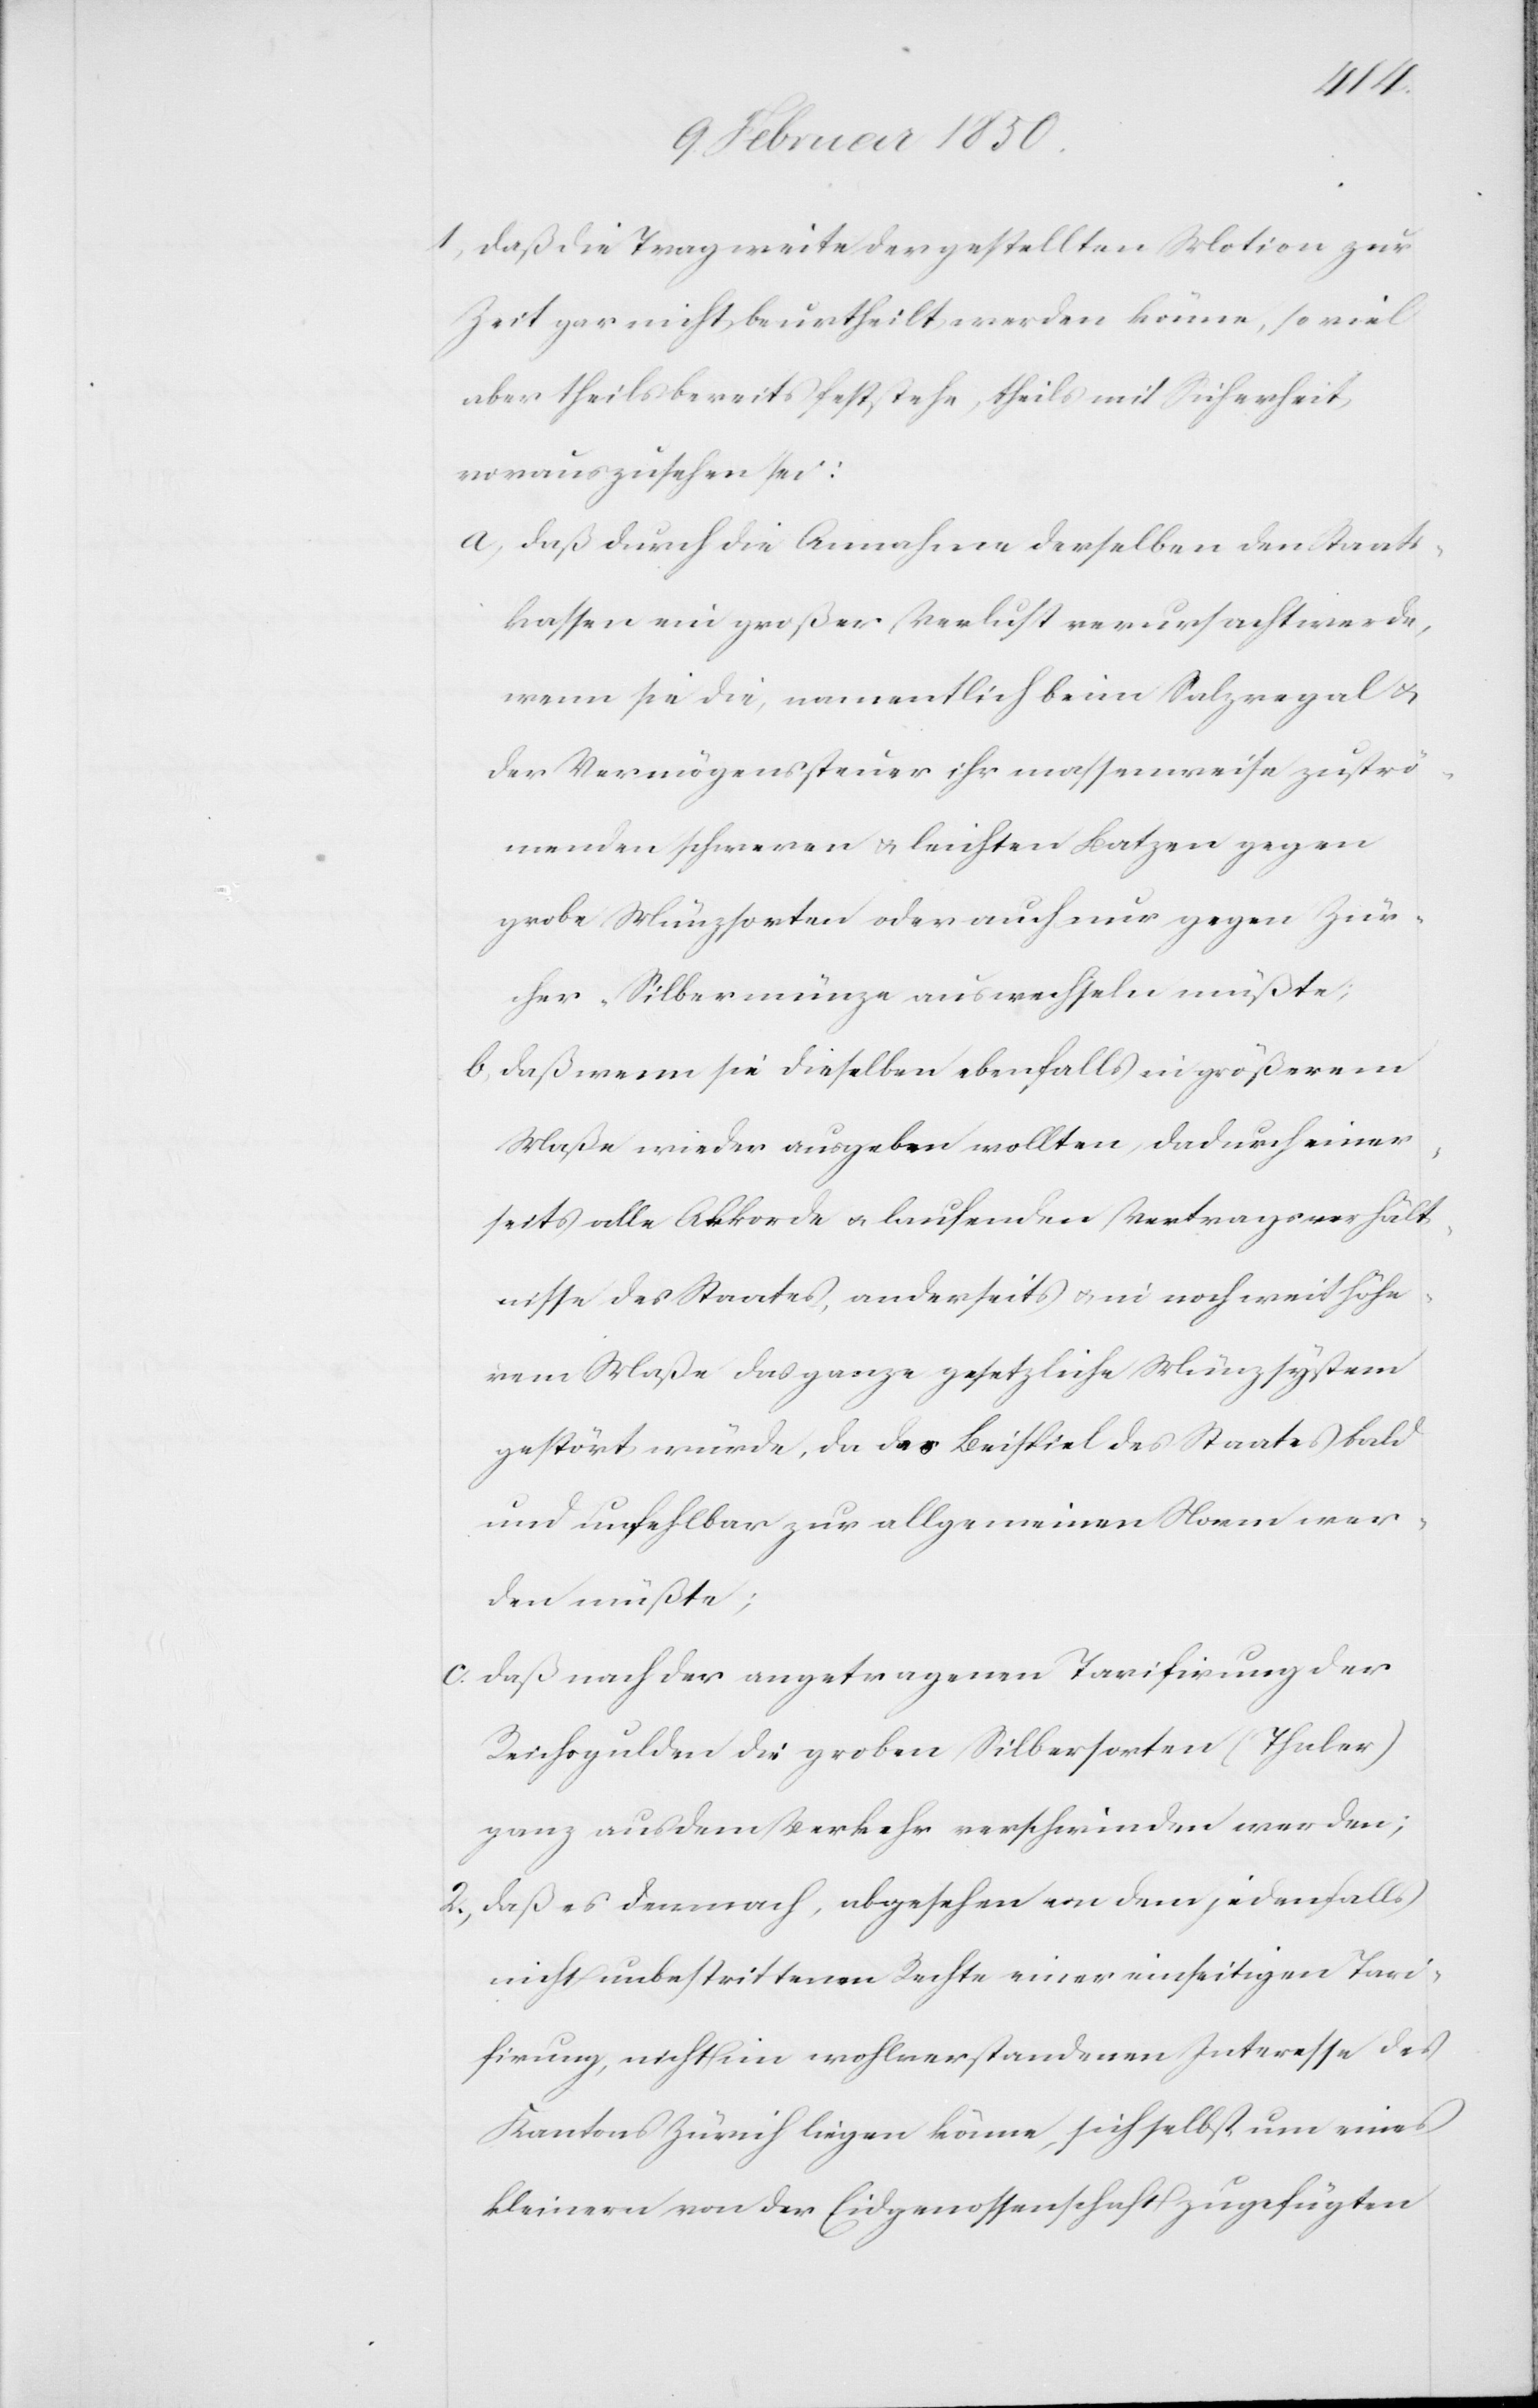
1, Daß die Tragweite der gestellten Motion zur
Zeit gar nicht beurtheilt werden könne, so viel
aber theils bereits feststehe, theils mit Sicherheit
vorauszusehen sei:
a, Daß durch die Annahme derselben den Staats¬
kassen ein großer Verlust verursacht werde,
wenn sie die, namentlich beim Salzregal u.
der Vermögenssteuer ihr massenweise zuströ¬
menden schweren u. leichten Batzen gegen
grobe Münzsorten oder auch nur gegen Zür¬
cher-Silbermünze auswechseln müßte;
b, Daß wenn sie dieselben ebenfalls in größerem
Maße wieder ausgeben wollten, dadurch einer¬
seits alle Akkorde u. laufenden Vertragsverhält¬
nisse des Staates, anderseits u. in noch weit höhe¬
rem Maße das ganze gesetzliche Münzsystem
gestört würde, da das Beispiel des Staates bald
und unfehlbar zur allgemeinen Norm wer¬
den müßte;
c. Daß nach der angetragenen Tarifirung der
Reichsgulden die groben Silbersorten (Thaler)
ganz aus dem Verkehr verschwinden werden;
2., Daß es demnach, abgesehen von dem jedenfalls
nicht unbestrittenen Rechte einer einseitigen Tari¬
firung, nicht im wohlverstandenen Interesse des
Kantons Zürich liegen könne, sich selbst um eines
kleinern von der Eidgenossenschaft zugefügten